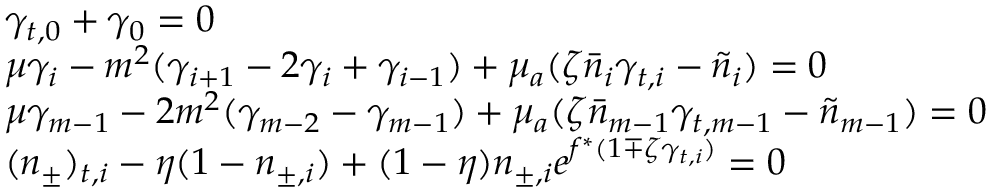
\begin{array} { r l } & { \gamma _ { t , 0 } + \gamma _ { 0 } = 0 } \\ & { \mu \gamma _ { i } - m ^ { 2 } ( \gamma _ { i + 1 } - 2 \gamma _ { i } + \gamma _ { i - 1 } ) + \mu _ { a } ( \zeta \bar { n } _ { i } \gamma _ { t , i } - \tilde { n } _ { i } ) = 0 } \\ & { \mu \gamma _ { m - 1 } - 2 m ^ { 2 } ( \gamma _ { m - 2 } - \gamma _ { m - 1 } ) + \mu _ { a } ( \zeta \bar { n } _ { m - 1 } \gamma _ { t , m - 1 } - \tilde { n } _ { m - 1 } ) = 0 } \\ & { ( n _ { \pm } ) _ { t , i } - \eta ( 1 - n _ { \pm , i } ) + ( 1 - \eta ) n _ { \pm , i } e ^ { f ^ { \ast } ( 1 \mp \zeta \gamma _ { t , i } ) } = 0 } \end{array}